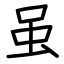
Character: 虽